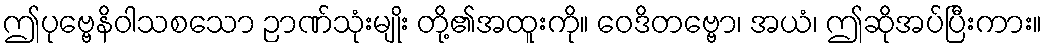
ဤပုဗ္ဗေနိဝါသစသော ဉာဏ်သုံးမျိုး တို့၏အထူးကို။ ဝေဒိတဗ္ဗော၊ အယံ၊ ဤဆိုအပ်ပြီးကား။